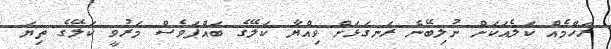
ރަހްމެއް ކަލެއަކަށް ނުލިބޭނެ ރަނގަޅަށް ވިއްޔާ ކަލޭގެ ބައްޕަވެސް މަރުވީ ކަލޭގެ ތިޔަ